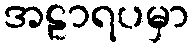
အဠာရပမှာ